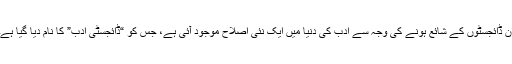
ان ڈائجسٹوں کے شائع ہونے کی وجہ سے ادب کی دنیا میں ایک نئی اصلاح موجود آئی ہے، جس کو “ڈائجسٹی ادب” کا نام دیا گیا ہے۔